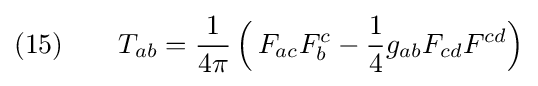
(15)\qquad T_{ab}={\frac {1}{4\pi }}\,{\Big (}\,F_{ac}F_{b}^{c}-{\frac {1}{4}}g_{ab}F_{cd}F^{cd}{\Big )}